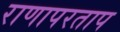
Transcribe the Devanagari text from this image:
राणापरताप